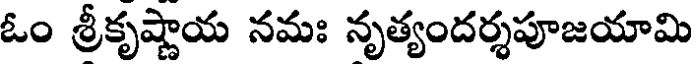
ఓం శ్రీకృష్ణాయ నమః నృత్యందర్శపూజయామి